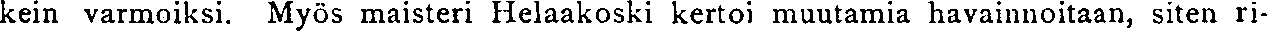
kein varmoiksi. Myös maisteri Helaakoski kertoi muutamia havainnoitaan, siten ri-